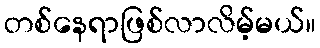
တစ်နေရာဖြစ်လာလိမ့်မယ်။